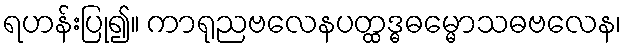
ရဟန်းပြု၍။ ကာရုညဗလေနပတ္ထဒ္ဓဓမ္မောသဓဗလေန၊